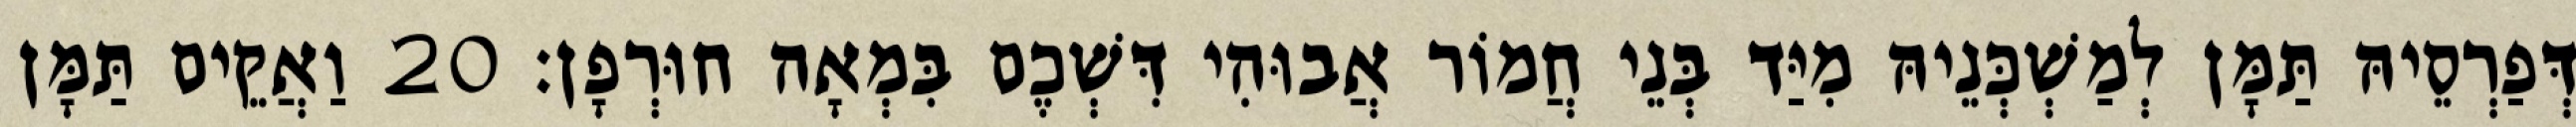
דְּפַרְסֵיהּ תַּמָּן לְמַשְׁכְּנֵיהּ מִיַּד בְּנֵי חֲמוֹר אֲבוּהִי דִּשְׁכֶם בִּמְאָה חוּרְפָן׃ 20 וַאֲקֵים תַּמָּן